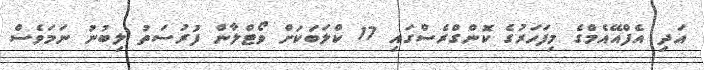
އަދި އެފްއޭއެމްގެ މިފަހަރުގެ ކޮންގްރެސްގައި 17 ކްލަބަކަށް ވޯޓްލާން ފުރުސަތު ލިބުނު ނަމަވެސް